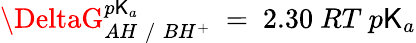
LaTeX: \DeltaG_{AH\; /\; BH^{+}}^{p\mathsf{K}_{a}}~=~2.30~RT~p\mathsf{K}_{a}